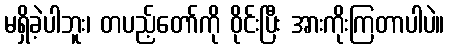
မရှိခဲ့ပါဘူး၊ တပည့်တော်ကို ဝိုင်းပြီး အားကိုးကြတာပါပဲ။